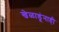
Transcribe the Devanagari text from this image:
खेळाडूंनाही